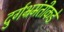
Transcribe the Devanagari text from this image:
दुर्गभ्रमंतीकडे